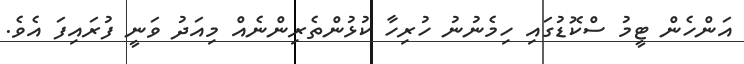
އަންހެން ޓީމު ސްކޮޑުގައި ހިމެނުނު ހުރިހާ ކުޅުންތެރިންނެއް މިއަދު ވަނީ ފުރައިފަ އެވެ.